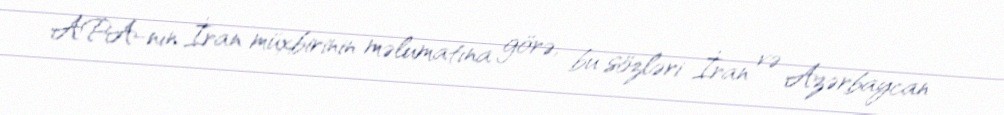
APA-nın İran müxbirinin məlumatına görə, bu sözləri İran və Azərbaycan